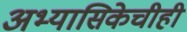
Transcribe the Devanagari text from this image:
अभ्यासिकेचीही